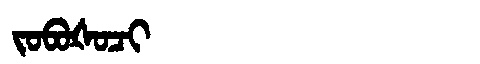
Manchu: ᠵᠣᠪᠣᡧᠣᠴᡳ
Romanization: JOBOŠOCI